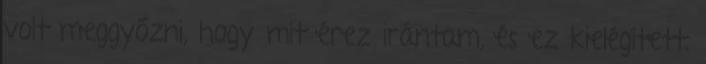
volt meggyőzni, hogy mit érez irántam, és ez kielégített.